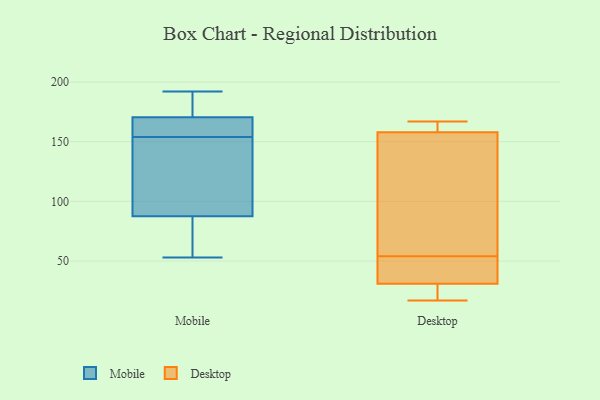
{"axis": {"x": "Demand Index", "y": "Value"}, "legend": ["Desktop", "Mobile"], "data": [{"x": "", "y": 154, "type": "Mobile"}, {"x": "", "y": 192, "type": "Mobile"}, {"x": "", "y": 95, "type": "Mobile"}, {"x": "", "y": 80, "type": "Mobile"}, {"x": "", "y": 188, "type": "Mobile"}, {"x": "", "y": 104, "type": "Mobile"}, {"x": "", "y": 171, "type": "Mobile"}, {"x": "", "y": 161, "type": "Mobile"}, {"x": "", "y": 154, "type": "Mobile"}, {"x": "", "y": 170, "type": "Mobile"}, {"x": "", "y": 53, "type": "Mobile"}, {"x": "", "y": 53, "type": "Mobile"}, {"x": "", "y": 31, "type": "Desktop"}, {"x": "", "y": 158, "type": "Desktop"}, {"x": "", "y": 55, "type": "Desktop"}, {"x": "", "y": 53, "type": "Desktop"}, {"x": "", "y": 167, "type": "Desktop"}, {"x": "", "y": 160, "type": "Desktop"}, {"x": "", "y": 31, "type": "Desktop"}, {"x": "", "y": 17, "type": "Desktop"}, {"x": "", "y": 121, "type": "Desktop"}, {"x": "", "y": 20, "type": "Desktop"}]}